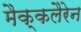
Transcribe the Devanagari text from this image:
मैक्कलैरेन